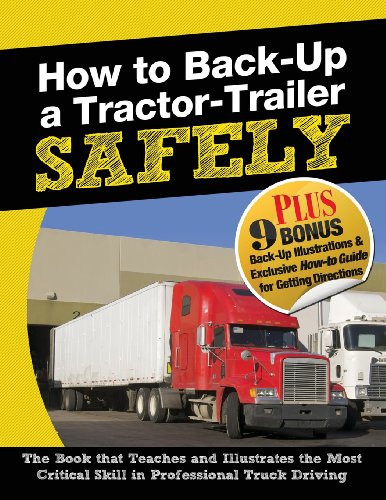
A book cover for How to Back-Up a Tractor-Trailer SAFELY; Jerry Berger; Education & Teaching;